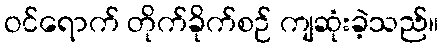
ဝင်ရောက် တိုက်ခိုက်စဉ် ကျဆုံးခဲ့သည်။